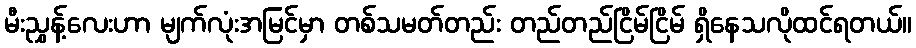
မီးညွှန့်လေးဟာ မျက်လုံးအမြင်မှာ တစ်သမတ်တည်း တည်တည်ငြိမ်ငြိမ် ရှိနေသလိုထင်ရတယ်။